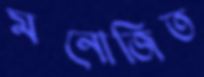
মনোজিত